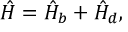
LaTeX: \hat { H } = \hat { H } _ { b } + \hat { H } _ { d } ,